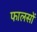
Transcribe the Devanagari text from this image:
फालसों